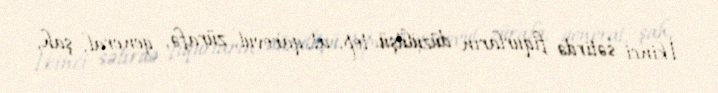
İkinci sətirdə fiqurların düzülüşü: top, at, qarovul, zürafə, general, şah,